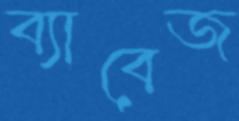
ব্যাবেজ